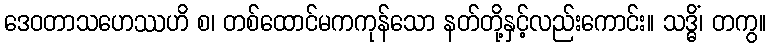
ဒေဝတာသဟေဿဟိ စ၊ တစ်ထောင်မကကုန်သော နတ်တို့နှင့်လည်းကောင်း။ သဒ္ဓိံ၊ တကွ။